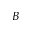
B